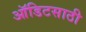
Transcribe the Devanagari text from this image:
ऑडिटसाठी